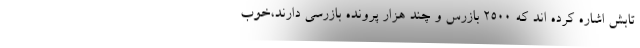
تابش اشاره کرده اند که ۲۵۰۰ بازرس و چند هزار پرونده بازرسی دارند،‌خوب